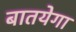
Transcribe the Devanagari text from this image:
बातयेगा